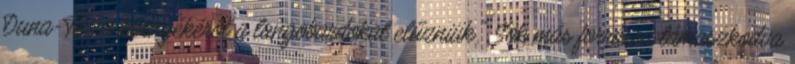
Duna-Tisza környékéről a langobardokat elűzniük." Sok más forrásra támaszkodva